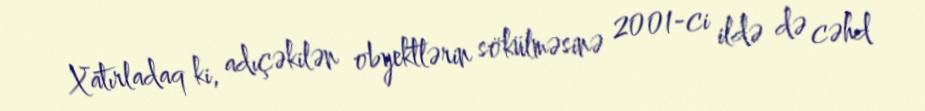
Xatırladaq ki, adıçəkilən obyektlərin sökülməsinə 2001-ci ildə də cəhd